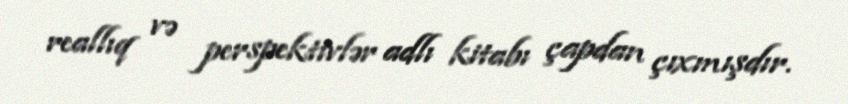
reallıq və perspektivlər adlı kitabı çapdan çıxmışdır.